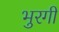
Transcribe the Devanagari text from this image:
भुरगी